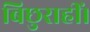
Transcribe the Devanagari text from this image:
बिछुराहीं।